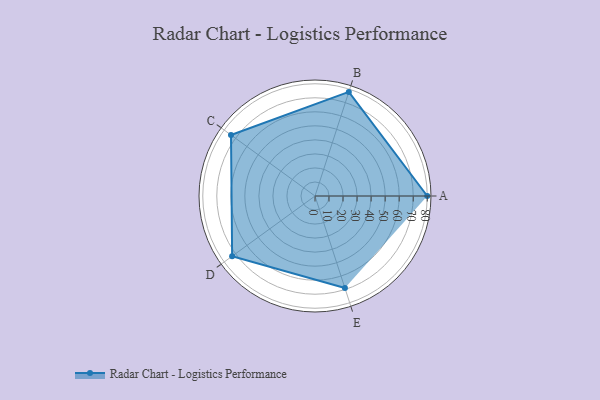
{"axis": {"x": "Skill", "y": "Score"}, "legend": ["Profile"], "data": [{"x": "A", "y": 80.0, "type": "Profile"}, {"x": "B", "y": 78.0, "type": "Profile"}, {"x": "C", "y": 74.0, "type": "Profile"}, {"x": "D", "y": 73.0, "type": "Profile"}, {"x": "E", "y": 69.0, "type": "Profile"}]}